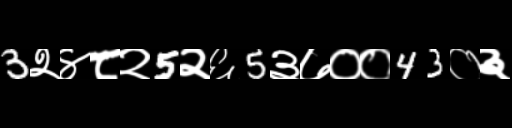
Text: 3२४८२5२६5३७००43०३